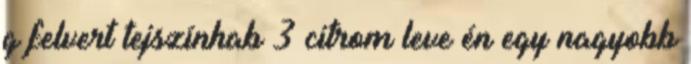
g felvert tejszínhab 3 citrom leve én egy nagyobb